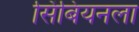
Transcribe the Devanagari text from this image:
सिंबियनला